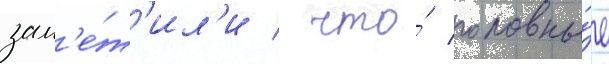
зам'е́т'ил'и / что́ головны́е